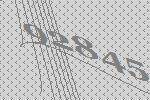
92845